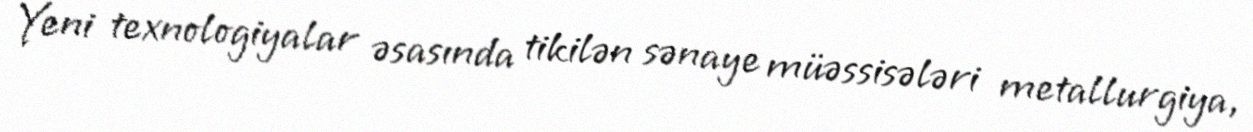
Yeni texnologiyalar əsasında tikilən sənaye müəssisələri metallurgiya,